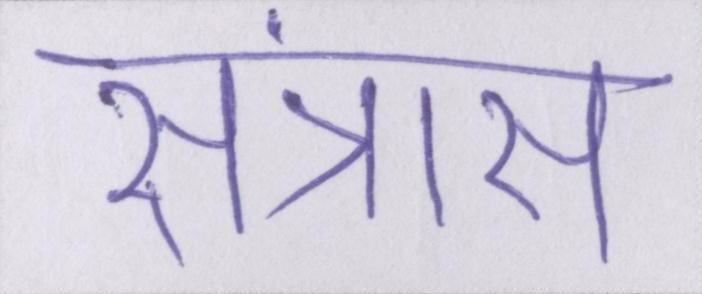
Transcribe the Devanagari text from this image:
संत्रास